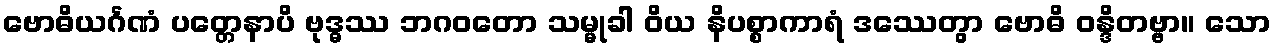
ဗောဓိယင်္ဂဏံ ပတ္တေနာပိ ဗုဒ္ဓဿ ဘဂဝတော သမ္မုခါ ဝိယ နိပစ္စာကာရံ ဒဿေတွာ ဗောဓိ ဝန္ဒိတဗ္ဗာ။ သော